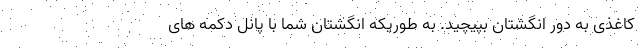
کاغذی به دور انگشتان بپیچید. به طوریکه انگشتان شما با پانل دکمه های